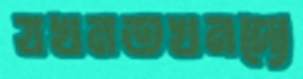
যখনতখনদ্যে